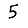
Digit: 5